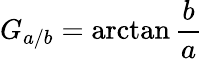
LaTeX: G_{a/b}=\arctan{\frac{b}{a}}